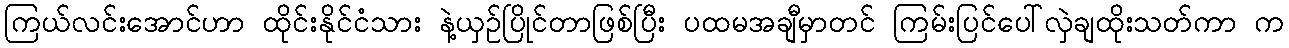
ကြယ်လင်းအောင်ဟာ ထိုင်းနိုင်ငံသား နဲ့ယှဉ်ပြိုင်တာဖြစ်ပြီး ပထမအချီမှာတင် ကြမ်းပြင်ပေါ်လှဲချထိုးသတ်ကာ က